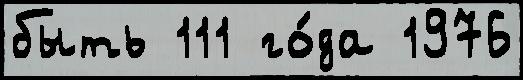
быть 111 го́да 1976